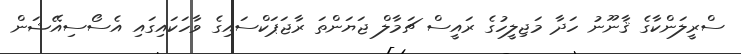
ސްރީލަންކާގެ ޤާނޫނު ހަދާ މަޖިލީހުގެ ރައީސް ޗަމާލް ޖަޔަންތަ ރާޖަޕަކްސައިގެ ވާހަކައިގައި އެސޯސިއޭޝަން